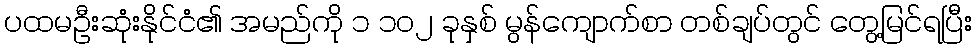
ပထမဦးဆုံးနိုင်ငံ၏ အမည်ကို ၁ ၁၀၂ ခုနှစ် မွန်ကျောက်စာ တစ်ချပ်တွင် တွေ့မြင်ရပြီး